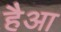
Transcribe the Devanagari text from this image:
हैआ